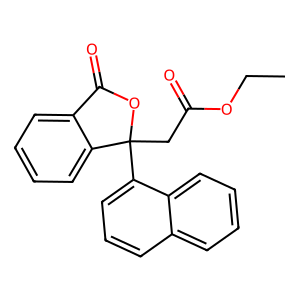
SMILES: CCOC(=O)CC1(c2cccc3ccccc23)OC(=O)c2ccccc21
Inhibits HIV replication: No